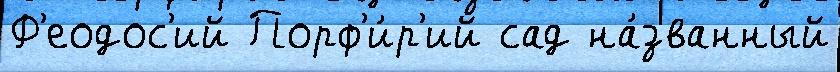
Ф'еодос'ий Порф'и́р'ий сад на́званный